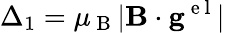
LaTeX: \Delta_{1}=\mu_{\mathrm{~B~}}|\mathbf{B}\cdot\mathbf{g}^{\mathrm{~e~l~}}|